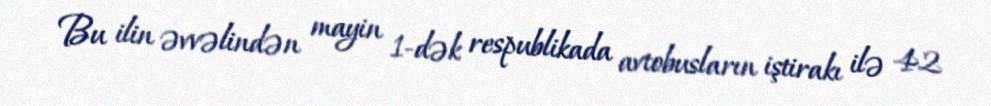
Bu ilin əvvəlindən mayin 1-dək respublikada avtobusların iştirakı ilə 42